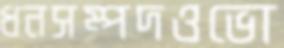
ধনসম্পদওভো